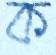
ক